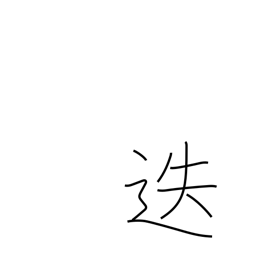
Meaning: transfer